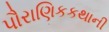
પૌરાણિકકથાની